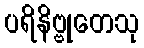
ပရိနိဗ္ဗုတေသု